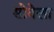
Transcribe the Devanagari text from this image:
सोवेला